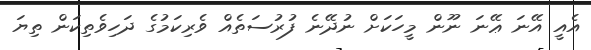
އެއީ އޭނަ ޢޭނަ ނޫން މީހަކަށް ނުދޭނެ ފުރުސަތެއް ވެރިކަމުގެ ދަހިވެތިކަން ތިޔަ